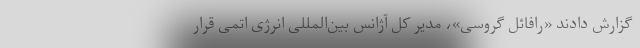
گزارش دادند «رافائل گروسی»، مدیر کل آژانس بین‌المللی انرژی اتمی قرار